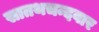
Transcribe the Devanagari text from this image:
सातथचन्दवार